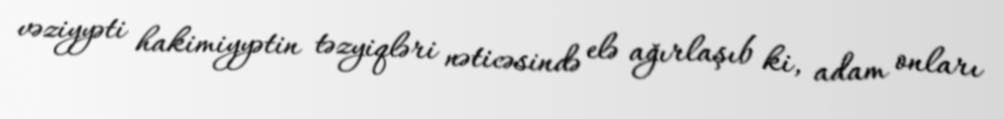
vəziyyəti hakimiyyətin təzyiqləri nəticəsində elə ağırlaşıb ki, adam onları